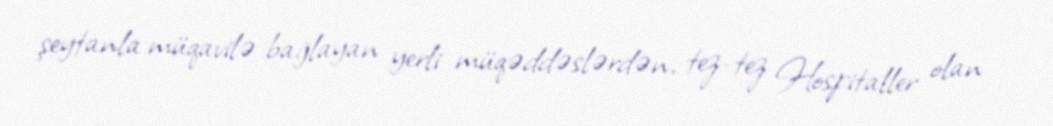
şeytanla müqavilə bağlayan yerli müqəddəslərdən, tez-tez Hospitaller olan